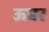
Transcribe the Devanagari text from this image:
ऊबर